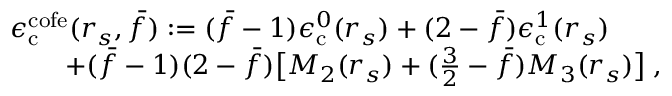
\begin{array} { r l } & { \epsilon _ { \mathrm { c } } ^ { \mathrm { c o f e } } ( r _ { s } , \bar { f } ) : = ( \bar { f } - 1 ) \epsilon _ { \mathrm { c } } ^ { 0 } ( r _ { s } ) + ( 2 - \bar { f } ) \epsilon _ { \mathrm { c } } ^ { 1 } ( r _ { s } ) } \\ & { ~ ~ ~ ~ ~ ~ + ( \bar { f } - 1 ) ( 2 - \bar { f } ) \big [ M _ { 2 } ( r _ { s } ) + ( \frac 3 2 - \bar { f } ) M _ { 3 } ( r _ { s } ) \big ] \; , } \end{array}